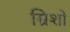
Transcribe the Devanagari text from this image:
म्रिशो